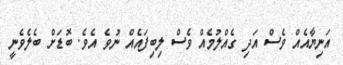
އަނިޔާއެއް ވެސް އަދި ގެއްލުމެއް ވެސް ލިބިފައެއް ނުވެ އެވެ. ބޮޑަށް ބެލެވެނީ